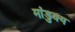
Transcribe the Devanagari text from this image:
मांडुक्य